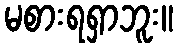
မစားရရှာဘူး။